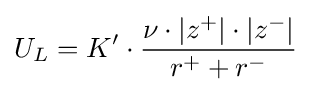
U_{L}={K'}\cdot {\frac {\nu \cdot |z^{+}|\cdot |z^{-}|}{r^{+}+r^{-}}}